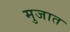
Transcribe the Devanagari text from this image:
मुजात